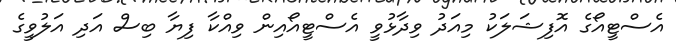
އެސްޓީއޯގެ އޮފިޝަލަކު މިއަދު ވިދާޅުވީ އެސްޓީއޯއިން ވިއްކާ ފިޔާ ބިސް އަދި އަލުވީގެ